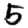
Digit: 5